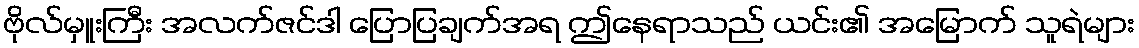
ဗိုလ်မှူးကြီး အလက်ဇင်ဒါ ပြောပြချက်အရ ဤနေရာသည် ယင်း၏ အမြောက် သူရဲများ